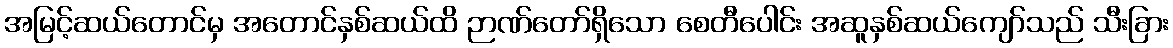
အမြင့်ဆယ်တောင်မှ အတောင်နှစ်ဆယ်ထိ ဉာဏ်တော်ရှိသော စေတီပေါင်း အဆူနှစ်ဆယ်ကျော်သည် သီးခြား